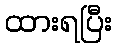
ထားရပြီး